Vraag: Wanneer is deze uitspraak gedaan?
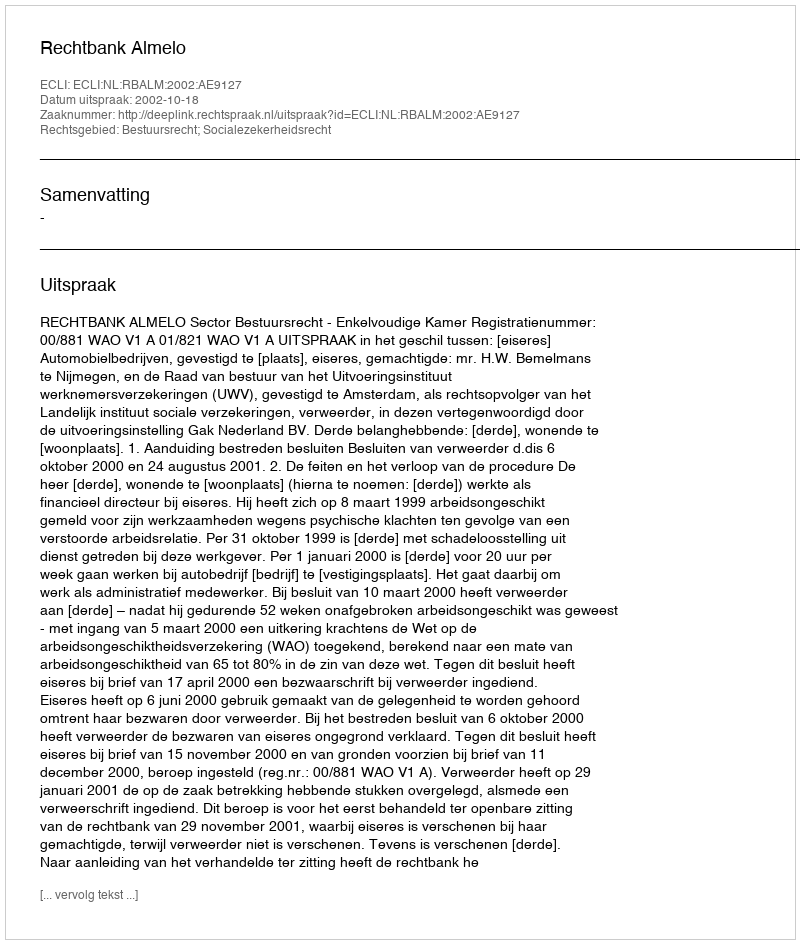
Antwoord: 2002-10-18